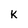
Character: K